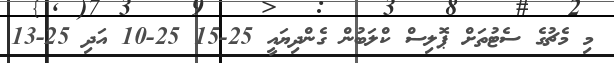
މި މެޗުގެ ސެޓުތަށް ޕޮލިސް ކްލަބުން ގެންދިޔައީ 25-15 25-10 އަދި 25-13